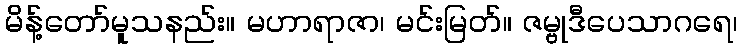
မိန့်တော်မူသနည်း။ မဟာရာဇာ၊ မင်းမြတ်။ ဇမ္ဗုဒီပေသာဂရေ၊